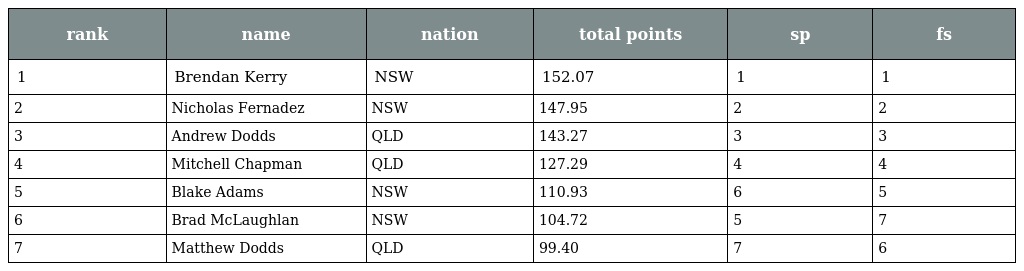
| rank | name | nation | total points | sp | fs |
 | --- | --- | --- | --- | --- | --- |
 | 1 | Brendan Kerry | NSW | 152.07 | 1 | 1 |
 | 2 | Nicholas Fernadez | NSW | 147.95 | 2 | 2 |
 | 3 | Andrew Dodds | QLD | 143.27 | 3 | 3 |
 | 4 | Mitchell Chapman | QLD | 127.29 | 4 | 4 |
 | 5 | Blake Adams | NSW | 110.93 | 6 | 5 |
 | 6 | Brad McLaughlan | NSW | 104.72 | 5 | 7 |
 | 7 | Matthew Dodds | QLD | 99.40 | 7 | 6 |